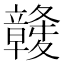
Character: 竷